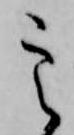
定